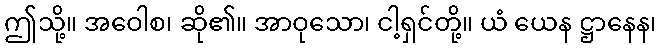
ဤသို့။ အဝေါစ၊ ဆို၏။ အာဝုသော၊ ငါ့ရှင်တို့။ ယံ ယေန ဋ္ဌာနေန၊